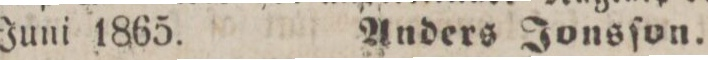
Juni 1865.    Anders Jonsſon.